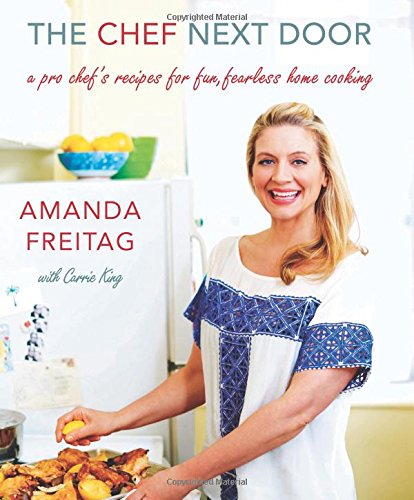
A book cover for The Chef Next Door: A Pro Chef's Recipes for Fun, Fearless Home Cooking; Amanda Freitag; Cookbooks, Food & Wine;